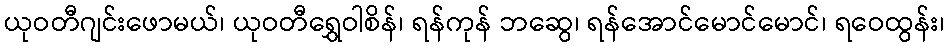
ယုဝတီဂျင်းဖောမယ်၊ ယုဝတီရွှေဝါစိန်၊ ရန်ကုန် ဘဆွေ၊ ရန်အောင်မောင်မောင်၊ ရဝေထွန်း၊